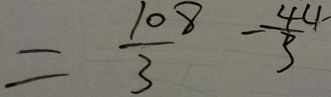
= \frac { 1 0 8 } { 3 } - \frac { 4 4 } { 3 }